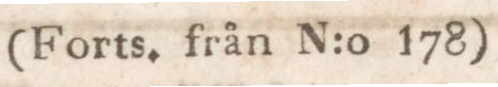
(Forts. från N:o 178)